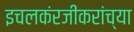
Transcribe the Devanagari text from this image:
इचलकंरजीकरांच्या